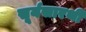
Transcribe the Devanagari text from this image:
सूर्यसारथी